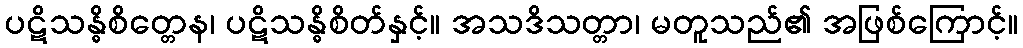
ပဋိသန္ဓိစိတ္တေန၊ ပဋိသန္ဓိစိတ်နှင့်။ အသဒိသတ္တာ၊ မတူသည်၏ အဖြစ်ကြောင့်။